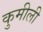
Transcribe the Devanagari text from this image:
कुमीली